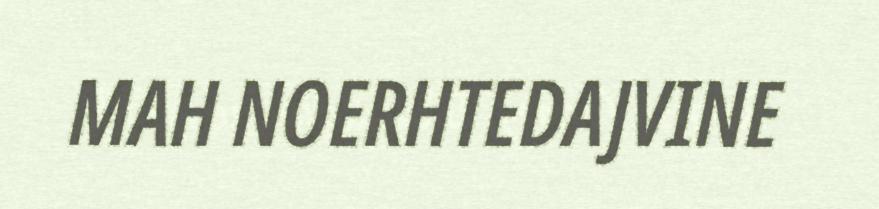
MAH NOERHTEDAJVINE